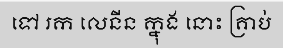
ទៅ រក លេនីន ក្នុង នោះ គ្រាប់